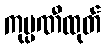
ကုမ္ပဏီထုတ်